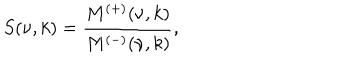
S ( \nu , k ) = \frac { M ^ { ( + ) } ( \nu , k ) } { M ^ { ( - ) } ( \nu , k ) } ,